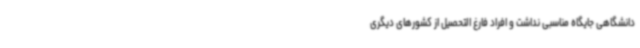
دانشگاهی جایگاه مناسبی نداشت و افراد فارغ التحصیل از کشورهای دیگری